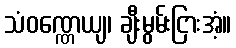
သံဝဏ္ဏေယျ၊ ချီးမွမ်းငြားအံ့။